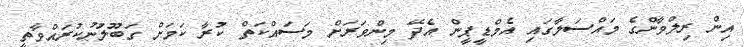
އިން ރިލްވާންގެ މައްސަލާގައި އެމްޑީޕީން އެދޭ މިންވަރަށް މަސައްކަތް ކުރާ ކަމަށް ގަބޫލުނުކުރައްވާތީ